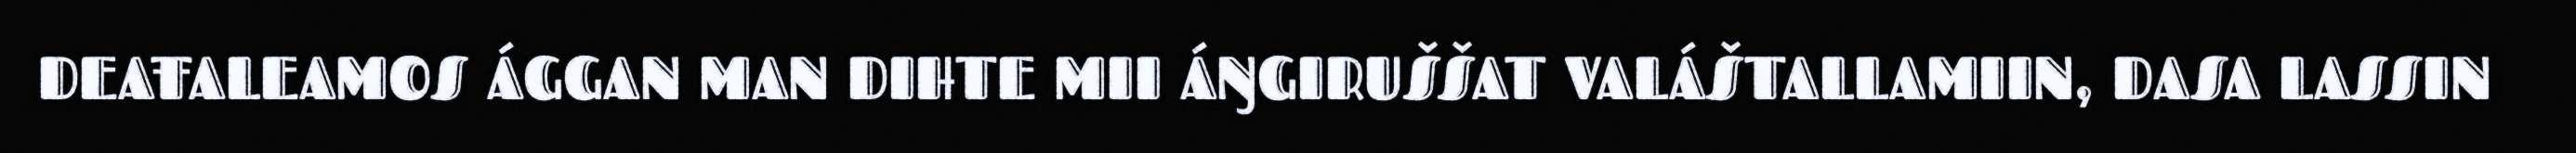
DEAŦALEAMOS ÁGGAN MAN DIHTE MII ÁŊGIRUŠŠAT VALÁŠTALLAMIIN, DASA LASSIN